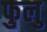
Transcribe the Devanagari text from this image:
फुलु